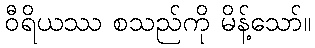
ဝီရိယဿ စသည်ကို မိန့်သော်။